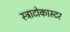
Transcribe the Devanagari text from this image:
स्ट्राटोकास्टर